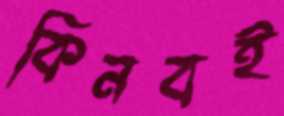
কিনবই